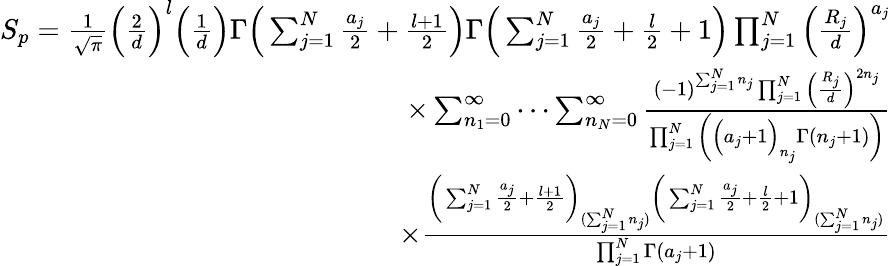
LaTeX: \begin{array}{r}{S_{p}=\frac{1}{\sqrt{\pi}}\Big(\frac{2}{d}\Big)^{l}\Big(\frac{1}{d}\Big)\Gamma\Big(\sum_{j=1}^{N}\frac{a_{j}}{2}+\frac{l+1}{2}\Big)\Gamma\Big(\sum_{j=1}^{N}\frac{a_{j}}{2}+\frac{l}{2}+1\Big)\prod_{j=1}^{N}\Big(\frac{R_{j}}{d}\Big)^{a_{j}}}\\ {\times\sum_{n_{1}=0}^{\infty}\cdots\sum_{n_{N}=0}^{\infty}\frac{(-1)^{\sum_{j=1}^{N}n_{j}}\prod_{j=1}^{N}\Big(\frac{R_{j}}{d}\Big)^{2n_{j}}}{\prod_{j=1}^{N}\bigg(\Big(a_{j}+1\Big)_{n_{j}}\Gamma(n_{j}+1)\bigg)}}\\ {\times\frac{\bigg(\sum_{j=1}^{N}\frac{a_{j}}{2}+\frac{l+1}{2}\bigg)_{(\sum_{j=1}^{N}n_{j})}\bigg(\sum_{j=1}^{N}\frac{a_{j}}{2}+\frac{l}{2}+1\bigg)_{(\sum_{j=1}^{N}n_{j})}}{\prod_{j=1}^{N}\Gamma(a_{j}+1)}}\end{array}